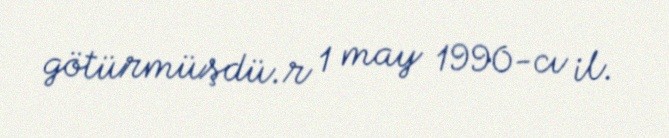
götürmüşdü.r 1 may 1990-cı il.